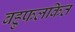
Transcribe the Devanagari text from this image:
बहुफलकित